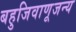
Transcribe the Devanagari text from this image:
बहुजिवाणूजन्य